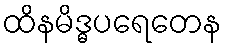
ထိနမိဒ္ဓပရေတေန